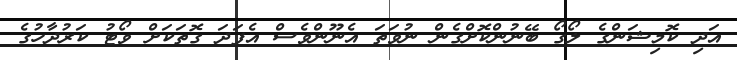
އަދި ކޮމިޝަންގެ ލޯގޯ ބޭނުންކޮށްގެން ނުވަތަ އެނޫންވެސް އެފަދަ ގޮތަކަށް ވޯޓު ކަރުދާހުގެ